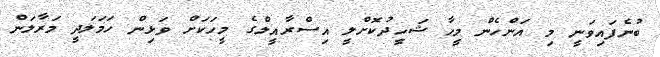
ބުނެފައިވަނީ މި އަންހެން މީހާ ޝަހީދުކޮށްލީ އިސްރާއީލްގެ މީހަކަށް ވަޅިން ހަމަލަދީ މަރާލަން